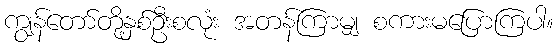
ကျွန်တော်တို့နှစ်ဦးစလုံး အတန်ကြာမျှ စကားမပြောကြပါ။